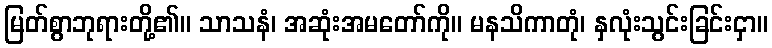
မြတ်စွာဘုရားတို့၏။ သာသနံ၊ အဆုံးအမတော်ကို။ မနသိကာတုံ၊ နှလုံးသွင်းခြင်းငှာ။